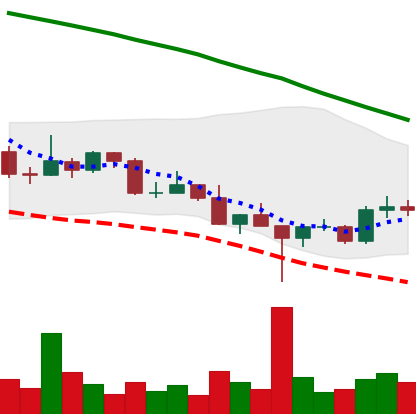
Ticker: DOGE-USD
Chart end date: 2022-03-02
Forward return: -11.944%
Label: down_7plus